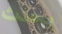
يحدث